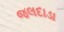
જલદાડા